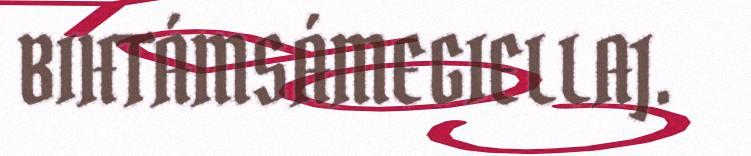
BIHTÁMSÁMEGIELLAJ.